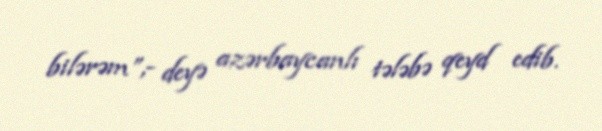
bilərəm”,- deyə azərbaycanlı tələbə qeyd edib.